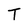
Character: T